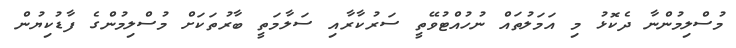
މުސްލިމުންނާ ދެކޮޅު މި އަމަލުތައް ނުހުއްޓުވޭތީ ސަރުކާރާއި ސަލާމަތީ ބާރުތަކަށް މުސްލިމުންގެ ފާޑުކިޔުން